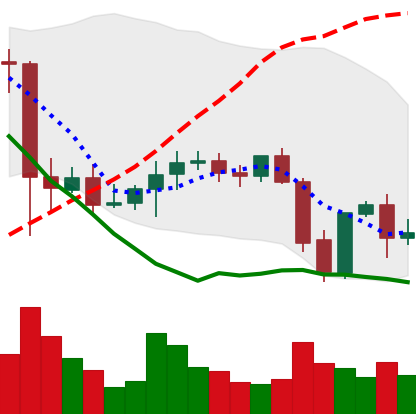
Ticker: XMR-USD
Chart end date: 2021-09-25
Forward return: 6.317%
Label: up_5_7